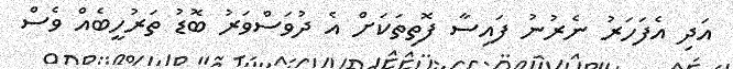
އަދި އެފަހަރު ނެރުނު ފައިސާ ފޮތިތަކަށް އެ ދުވަސްވަރު ބޮޑު ތަރުހީބެއް ވެސް